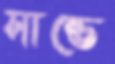
সান্তে